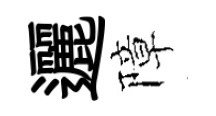
邐障